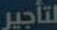
لتأجير